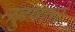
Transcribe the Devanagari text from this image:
नहुषानें